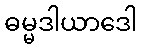
ဓမ္မဒါယာဒေါ